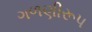
ગળણીરૂપ